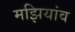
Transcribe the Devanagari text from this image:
मझियांव